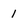
Character: 1